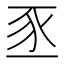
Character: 𫎅